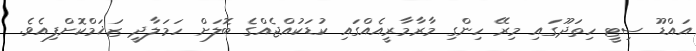
އައްޑޫ ސިޓީ ހިތަދޫގައި މިރޭ ހިންގި މާރާމާރީއެއްގައި ކުޑަކުއްޖެއްގެ ބޮލަށް ހަމަލާދީ ޒަޚަމްކޮށްފިއެވެ.